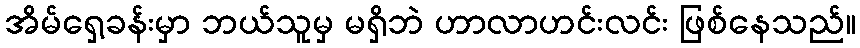
အိမ်ရှေ့ခန်းမှာ ဘယ်သူမှ မရှိဘဲ ဟာလာဟင်းလင်း ဖြစ်နေသည်။